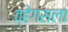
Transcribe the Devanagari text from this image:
व्हेगसला